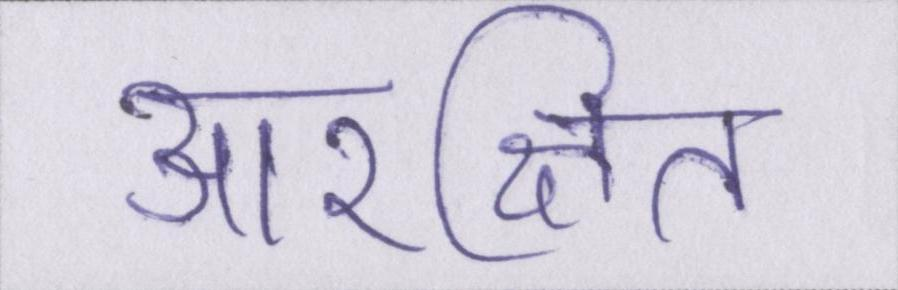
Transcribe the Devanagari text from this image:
आरक्षित